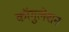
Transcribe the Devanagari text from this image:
कॉगुलेशन